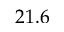
2 1 . 6